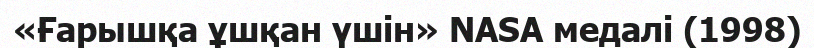
«Ғарышқа ұшқан үшін» NASA медалі (1998)